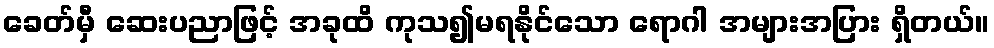
ခေတ်မှီ ဆေးပညာဖြင့် အခုထိ ကုသ၍မရနိုင်သော ရောဂါ အများအပြား ရှိတယ်။